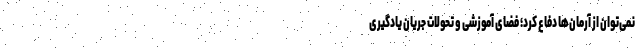
نمی‌توان از آرمان‌ها دفاع کرد؛ فضای آموزشی و تحولات جریان یادگیری